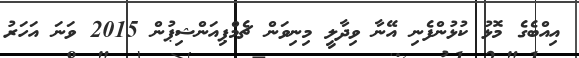
އިއްބެގެ މޮޅު ކުޅުންފެނި އޭނާ ވިދާލީ މިނިވަން ޗެމްޕިއަންޝިޕުން 2015 ވަނަ އަހަރު